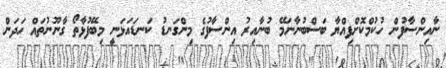
ނާއިންސާފުން ހުކުމްކޮށްފިއްޔާ ބަސްބުނާނަމޭ ބުނާއިރު އިންސާފުގެ މިންގަނޑު ކަނޑައަޅަނީ މިބޭފުޅާތޯ ގާނޫނުތައް ހަދަން